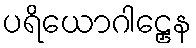
ပရိယောဂါဠှေန